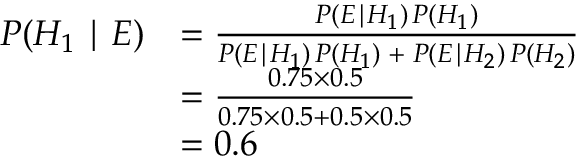
{ \begin{array} { r l } { P ( H _ { 1 } \mid E ) } & { = { \frac { P ( E \mid H _ { 1 } ) \, P ( H _ { 1 } ) } { P ( E \mid H _ { 1 } ) \, P ( H _ { 1 } ) \; + \; P ( E \mid H _ { 2 } ) \, P ( H _ { 2 } ) } } } \\ { \ } & { = { \frac { 0 . 7 5 \times 0 . 5 } { 0 . 7 5 \times 0 . 5 + 0 . 5 \times 0 . 5 } } } \\ { \ } & { = 0 . 6 } \end{array} }